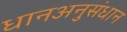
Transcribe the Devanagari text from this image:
धानअनुसंधान